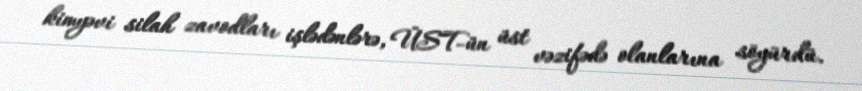
kimyəvi silah zavodları işlədənlərə, ÜST-ün üst vəzifədə olanlarına söyürdü.